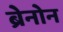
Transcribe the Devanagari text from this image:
ब्रेनोन